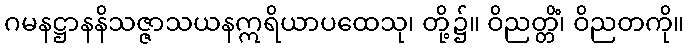
ဂမနဋ္ဌာနနိသဇ္ဇာသယနဣရိယာပထေသု၊ တို့၌။ ဝိညတ္တိံ၊ ဝိညတကို။